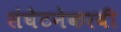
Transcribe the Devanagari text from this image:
संघेटनेकरवी